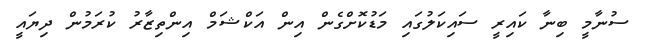
ސުނާމީ ބިނާ ކައިރީ ސައިކަލުގައި މަޑުކޮށްގެން އިން އަކްޝަމް އިންތިޒާރު ކުރަމުން ދިޔައީ